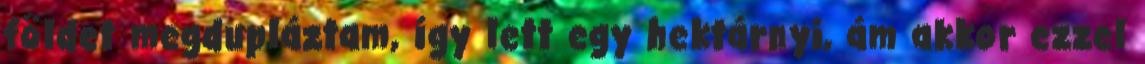
földet megdupláztam, így lett egy hektárnyi, ám akkor ezzel